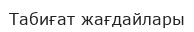
Табиғат жағдайлары